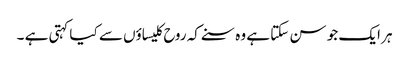
ہر ایک جو سن سکتا ہے وہ سنے کہ روح کلیساؤں سے کیا کہتی ہے ۔